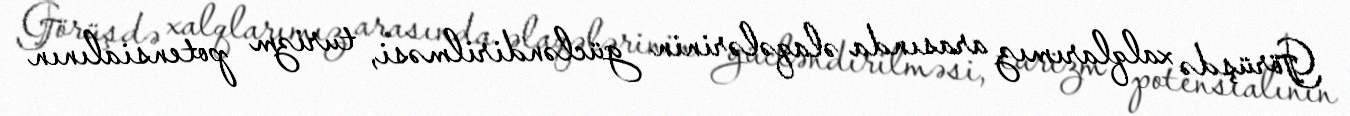
Görüşdə xalqlarımız arasında əlaqələrinin gücləndirilməsi, turizm potensialının